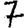
Digit: 7